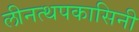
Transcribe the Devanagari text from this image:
लीनत्थपकासिनी